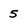
Character: 5